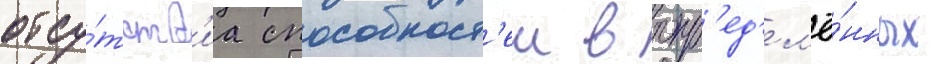
отсу́тств'иа способност'еи в опр'ед'ел'ё́нных